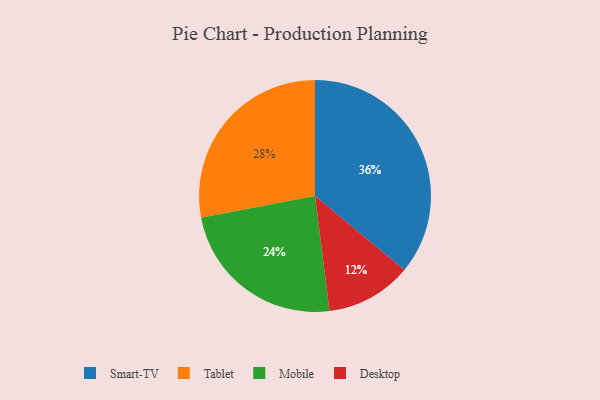
{"axis": {"x": "Category", "y": "Percentage"}, "legend": ["Desktop", "Mobile", "Smart-TV", "Tablet"], "data": [{"x": "Desktop", "y": 12, "type": "Desktop"}, {"x": "Mobile", "y": 24, "type": "Mobile"}, {"x": "Smart-TV", "y": 36, "type": "Smart-TV"}, {"x": "Tablet", "y": 28, "type": "Tablet"}]}